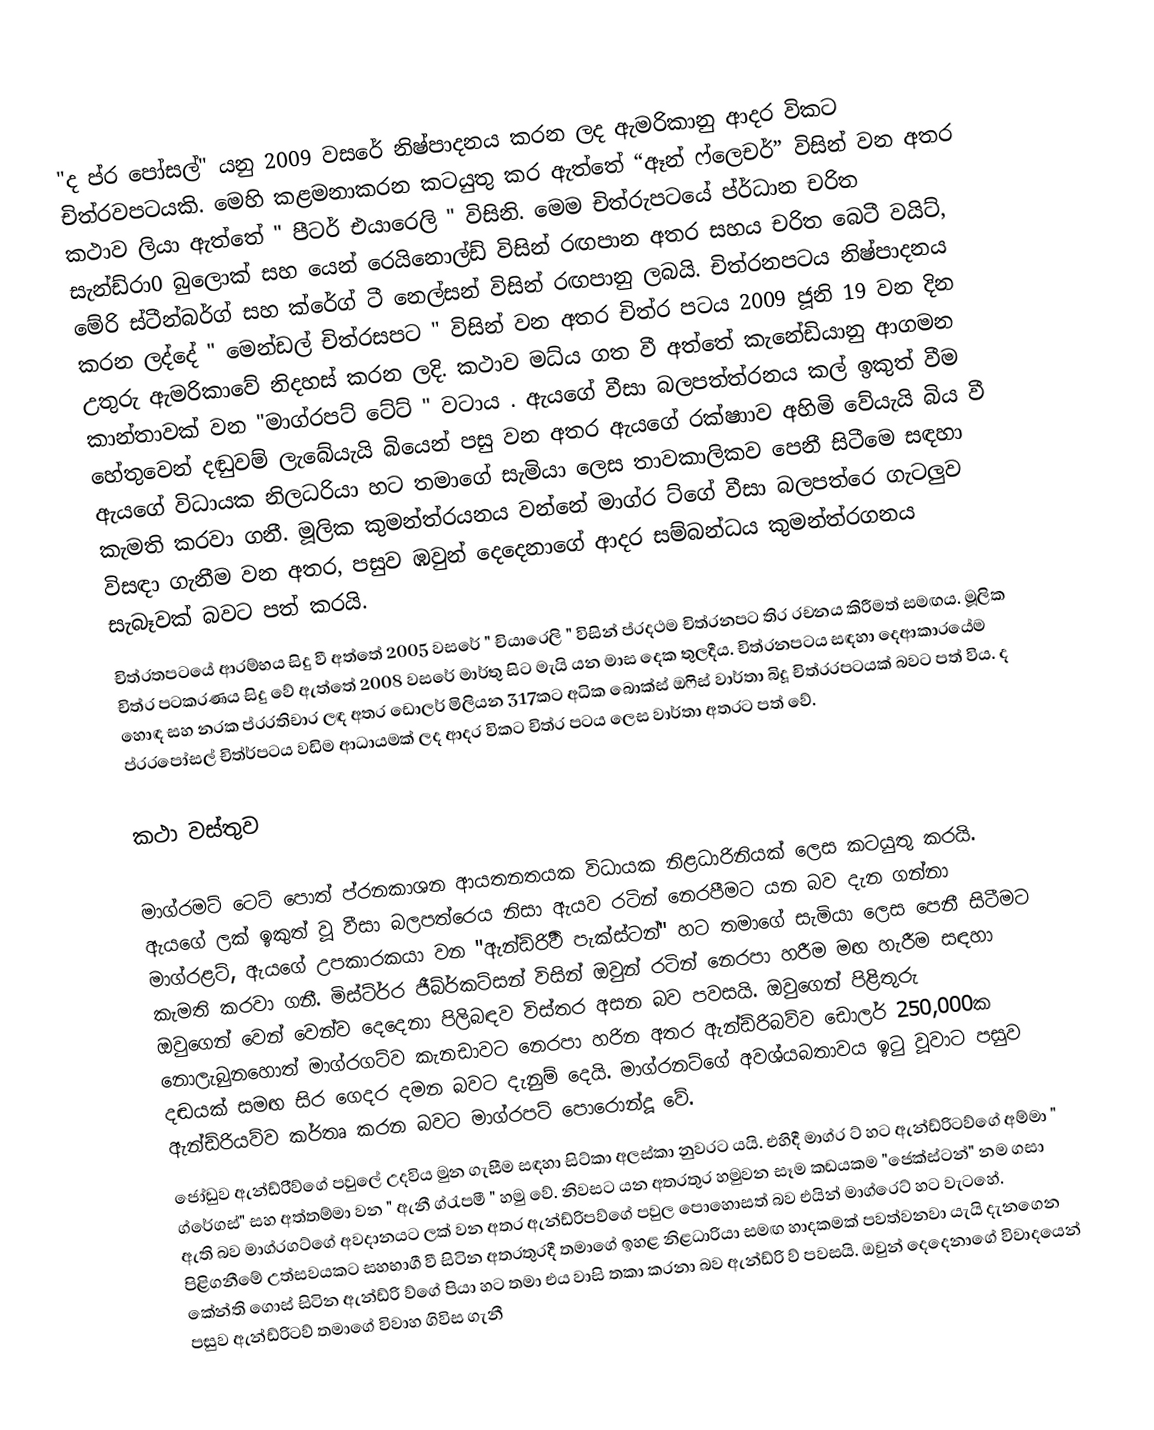
"ද ප්ර පෝසල්" යනු 2009 වසරේ නිෂ්පාදනය කරන ලද ඇමරිකානු ආදර විකට චිත්රවපටයකි. මෙහි කළමනාකරන කටයුතු කර ඇත්තේ “ඈන් ෆ්ලෙචර්” විසින් වන අතර කථාව ලියා ඇත්තේ " පීටර් එයාරෙලි " විසිනි. මෙම චිත්රුපටයේ ප්ර්ධාන චරිත සැන්ඩ්රා0 බුලොක් සහ යෙන් රෙයිනොල්ඩ් විසින් රඟපාන අතර සහය චරිත බෙටී වයිට්, මේරි ස්ටීන්බර්ග් සහ ක්රේ‍ග් ටී නෙල්සන් විසින් රඟපානු ලබයි. චිත්රනපටය නිෂ්පාදනය කරන ලද්දේ " මෙන්ඩල් චිත්රසපට " විසින් වන අතර චිත්ර පටය 2009 ජූනි 19 වන දින උතුරු ඇමරිකාවේ නිදහස් කරන ලදි. කථාව මධ්ය ගත වී අත්තේ කැනේඩියානු ආගමන කාන්තාවක් වන  "මාග්රපට් ටේට් " වටාය . ඇයගේ වීසා බලපත්ත්රනය කල් ඉකුත් වීම හේතුවෙන් දඬුවම් ලැබේයැයි බියෙන් පසු වන අතර ඇයගේ රක්ෂාාව අහිමි වේයැයි බිය වී ඇයගේ විධායක නිලධරියා හට තමාගේ සැමියා ලෙස තාවකාලිකව පෙනී සිටීමෙ සඳහා කැමති කරවා ගනී.  මූලික කුමන්ත්රයනය වන්නේ මාග්ර ට්ගේ වීසා බලපත්රෙ ගැටලුව විසඳා ගැනීම වන අතර, පසුව  ඹවුන් දෙදෙනාගේ ආදර සම්බන්ධය කුමන්ත්රගනය සැබෑවක් බවට පත් කරයි.
චිත්රතපටයේ ආරම්භය සිදු වී අත්තේ 2005 වසරේ " චියාරෙලි " විසින් ප්රදථම චිත්රනපට තිර රචනය කිරීමත් සමඟය. මූලික චිත්ර පටකරණය සිදු වේ ඇත්තේ 2008 වසරේ මාර්තු සිට මැයි යන මාස දෙක තුලදීය.  චිත්රනපටය සඳහා දෙආකාරයේම හොඳ සහ නරක ප්රරතිචාර ලඳ අතර ඩොලර් මිලියන 317කට අධික බොක්ස් ඔෆිස් වාර්තා බිදූ චිත්රරපටයක් බවට පත් විය. ද ප්රරපෝසල් චිත්ර්පටය වඩිම ආධායමක් ලද ආදර විකට චිත්ර පටය ලෙස වාර්තා අතරට පත් වේ.

කථා වස්තුව

මාග්රමට් ටෙට් පොත් ප්රනකාශන ආයතනතයක විධායක නිළධාරිනියක් ලෙස කටයුතු කරයි. ඇයගේ ලක් ඉකුත් වූ වීසා බලපත්රෙය නිසා ඇයව රටින් නෙරපීමට යන බව දැන ගන්නා මාග්රළට්, ඇයගේ උපකාරකයා වන "ඇන්ඩ්රිීව් පැක්ස්ටන්" හට තමාගේ සැමියා ලෙස පෙනී සිටීමට කැමති කරවා ගනී. මිස්ට්ර්ර ජීබ්ර්කට්සන් විසින් ඔවුන් රටින් නෙරපා හරීම මඟ හැරීම සඳහා ඔවුගෙන් වෙන් වෙන්ව දෙදෙනා පිලිබඳව විස්තර අසන බව පවසයි. ඔවුගෙන් පිළිතුරු නොලැබුනහොත් මාග්රගට්ව කැනඩාවට නෙරපා හරින අතර ඇන්ඩ්රිබව්ව ඩොලර් 250,000ක දඬයක් සමඟ සිර ගෙදර දමන බවට දැනුම් දෙයි. මාග්රනට්ගේ අවශ්යබතාවය ඉටු වූවාට පසුව ඇන්ඩ්රියව්ව කර්තෘ කරන බවට  මාග්රපට් පොරොන්දූ වේ.
ජෝඩුව ඇන්ඩ්රි්ව්ගේ පවුලේ උදවිය මුන ගැසීම සඳහා සිට්කා අලස්කා නුවරට යයි. එහිදී මාග්ර ට් හට ඇන්ඩ්රිටව්ගේ අම්මා " ග්රේගස්" සහ අත්තම්මා වන " ඇනී ග්රැපමී " හමු වේ. නිවසට යන අතරතුර හමුවන සෑම කඩයකම "ජෙක්ස්ටන්" නම ගසා ඇති බව මාග්රගට්ගේ අවදානයට ලක් වන අතර ඇන්ඩ්රිපව්ගේ පවුල පොහොසත් බව එයින් මාග්රෙට් හට වැටහේ.  පිළිගනීමේ උත්සවයකට සහභාගී වී සිටින අතරතුරදී තමාගේ ඉහළ නිළධාරියා සමඟ හාදකමක් පවත්වනවා යැයි දැනගෙන කේන්ති ගොස් සිටින ඇන්ඩ්රි ව්ගේ පියා හට තමා එය වාසි තකා කරනා බව ඇන්ඩ්රි ව් පවසයි. ඔවුන් දෙදෙනාගේ විවාදයෙන් පසුව ඇන්ඩ්රිටව් තමාගේ විවාහ ගිවිස ගැනී